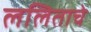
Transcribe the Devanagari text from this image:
ललिताचे